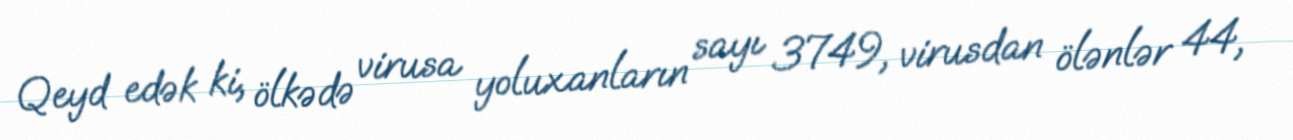
Qeyd edək ki, ölkədə virusa yoluxanların sayı 3749, virusdan ölənlər 44,